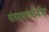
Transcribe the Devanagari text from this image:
पंतप्रधानदेखील